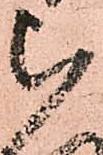
被